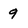
Character: 9